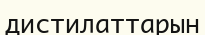
дистилаттарын